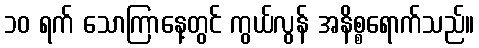
၁၀ ရက် သောကြာနေ့တွင် ကွယ်လွန် အနိစ္စရောက်သည်။